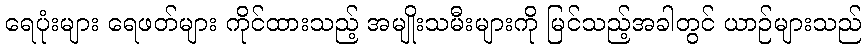
ရေပုံးများ ရေဖတ်များ ကိုင်ထားသည့် အမျိုးသမီးများကို မြင်သည့်အခါတွင် ယာဉ်များသည်